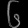
Digit: ၆